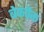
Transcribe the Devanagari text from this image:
बेकपैक